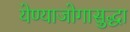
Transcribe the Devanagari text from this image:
येण्याजोगासुद्धा